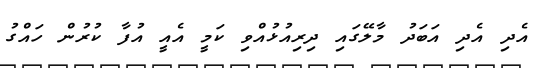
އެދި އެދި އަބަދު މާލޭގައި ދިރިއުޅުއްވި ކަމީ އެއީ އުފާ ކުރުން ހައްގު